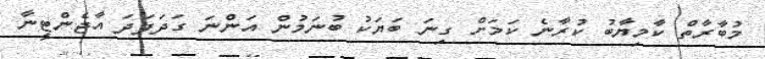
މުބާރާތް ކާމިޔާބު ކުރާނެ ކަމަށް ގިނަ ބަޔަކު ބުނަމުން އަންނަ ގަދަފަދަ އާޖެންޓީނާ